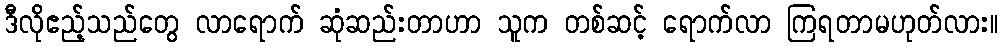
ဒီလိုဧည့်သည်တွေ လာရောက် ဆုံဆည်းတာဟာ သူက တစ်ဆင့် ရောက်လာ ကြရတာမဟုတ်လား။